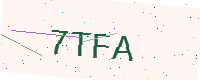
Text: 7TFA